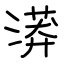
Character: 漭